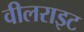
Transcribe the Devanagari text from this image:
वीलराइट